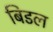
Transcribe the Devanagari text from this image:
बिडल